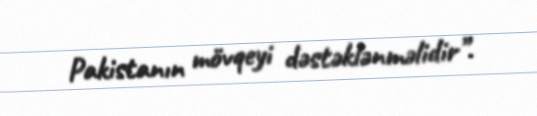
Pakistanın mövqeyi dəstəklənməlidir”.